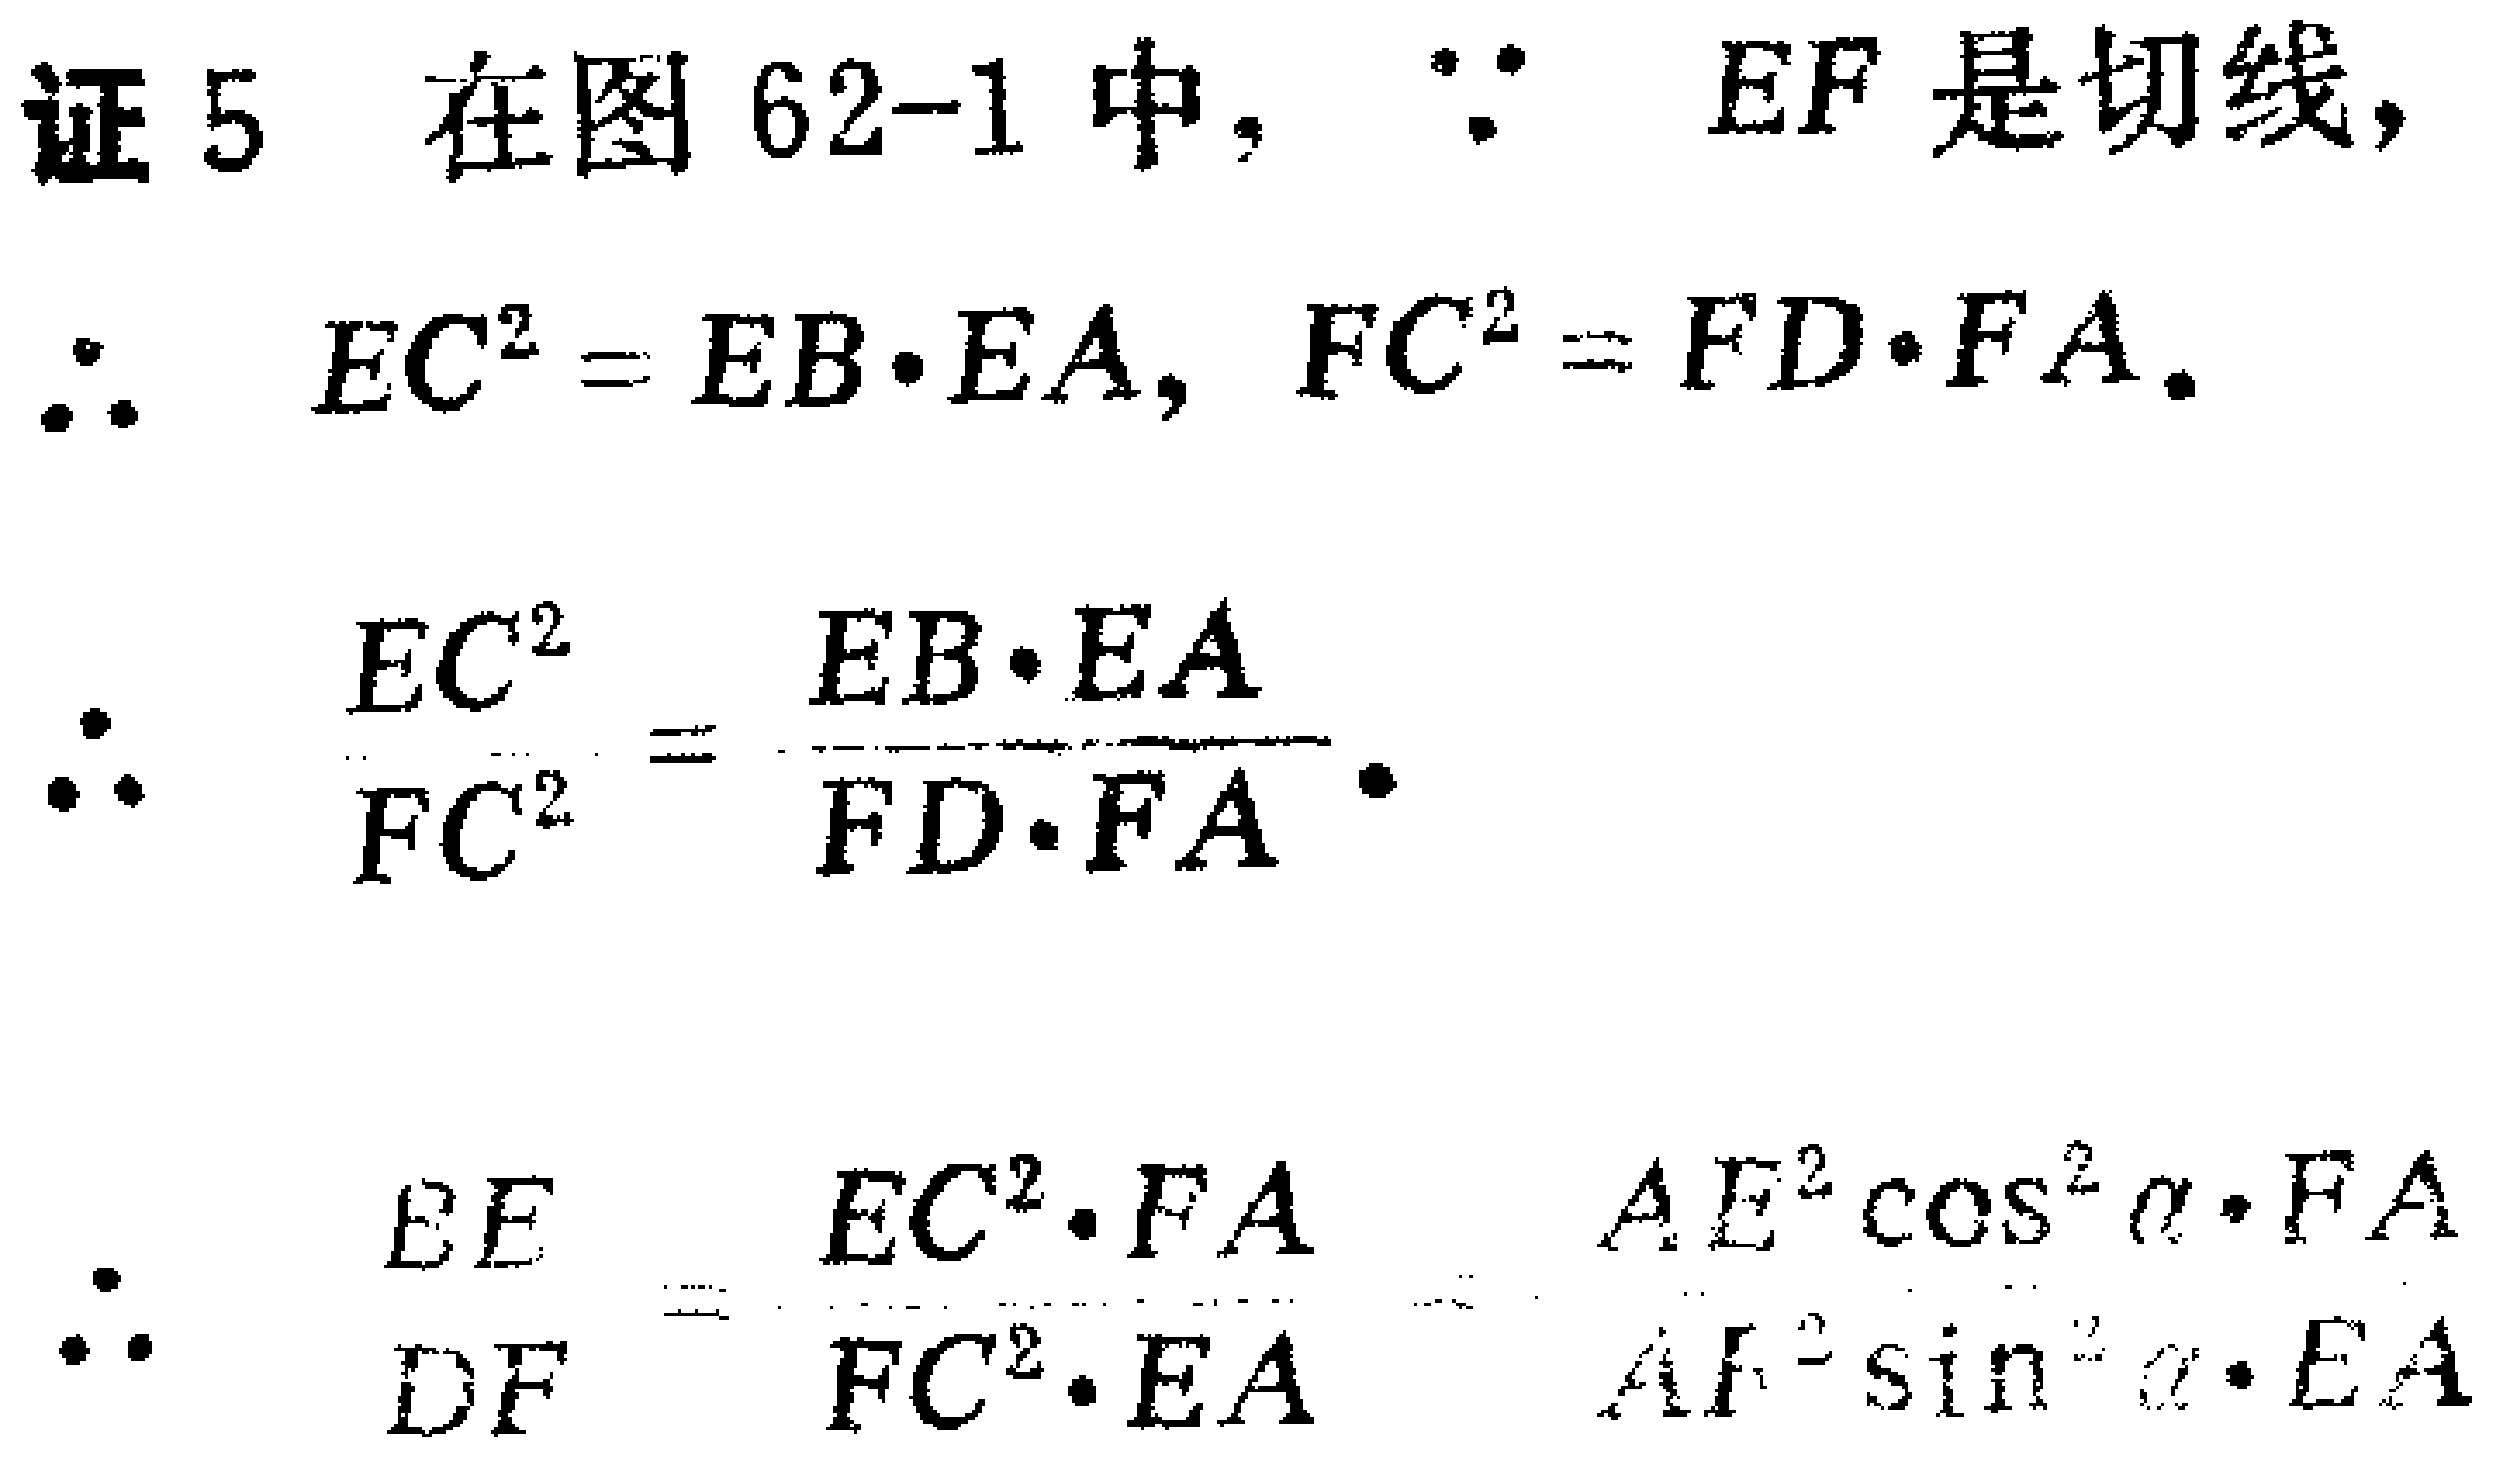
证5 在图 62-1 中, $\because EF$ 是切线,
$\therefore EC^{2} = EB\cdot EA$, $FC^{2} = FD\cdot FA$.
$\therefore \frac{EC^{2}}{FC^{2}}=\frac{EB\cdot EA}{FD\cdot FA}$.
$\therefore \frac{BE}{DF}=\frac{EC^{2}\cdot FA}{FC^{2}\cdot EA}=\frac{AE^{2}\cos^{2}\alpha\cdot FA}{AF^{2}\sin^{2}\alpha\cdot EA}$